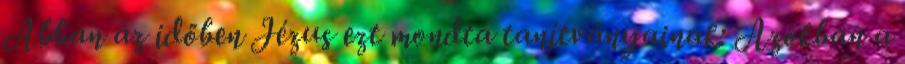
Abban az időben Jézus ezt mondta tanítványainak: Azokban a